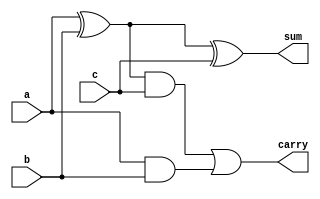
module adder(input a, input b, input c, output sum, output carry);

    wire s;
    xor(s,a,b,c);

    wire d1,d2,d3;
    xor(d1,a,b);

    and(d2,d1,c);
    and(d3,a,b);
    or(d4,d2,d3);
    
    assign sum=s;
    assign carry=d4;
endmodule